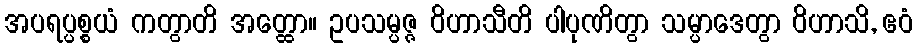
အပရပ္ပစ္စယံ ကတွာတိ အတ္ထော။ ဥပသမ္ပဇ္ဇ ဝိဟာသီတိ ပါပုဏိတွာ သမ္ပာဒေတွာ ဝိဟာသိ, ဧဝံ